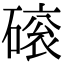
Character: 磙